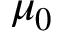
\mu _ { 0 }